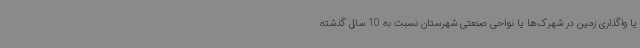
یا واگذاری زمین در شهرک‌ها یا نواحی صنعتی شهرستان نسبت به 10 سال گذشته